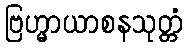
ဗြဟ္မာယာစနသုတ္တံ